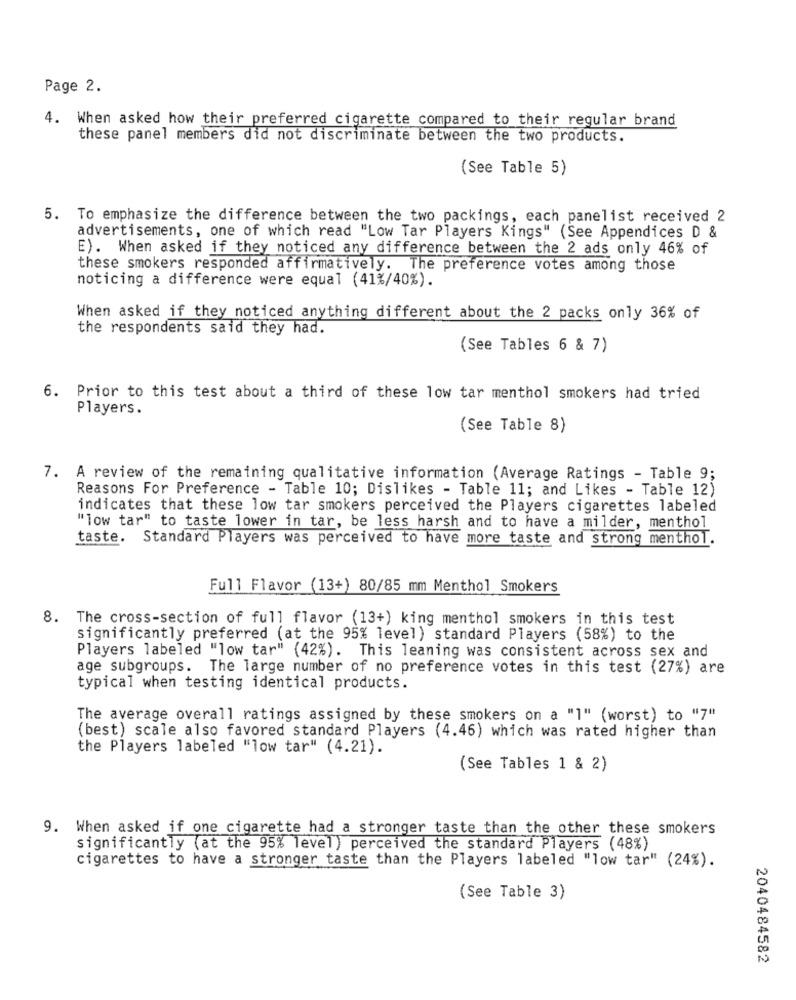
Page 2.
4. When asked how their preferred cigarette compared to their regular brand
these panel members did not discriminate between the two products.
(See Table 5)
5. To emphasize the difference between the two packings, each panelist received 2
advertisements, one of which read "Low Tar Players Kings" (See Appendices D &
E). When asked if they noticed any difference between the 2 ads only 46% of
these smokers responded affirmatively. The preference votes among those
noticing a difference were equal (41%/40%).
When asked if they noticed anything different about the 2 packs only 36% of
the respondents said they had.
(See Tables 6 & 7)
6. Prior to this test about a third of these low tar menthol smokers had tried
Players.
(See Table 8)
7. A review of the remaining qualitative information (Average Ratings - Table 9;
Reasons For Preference - Table 10; Dislikes - Table 11; and Likes - Table 12)
indicates that these low tar smokers perceived the Players cigarettes labeled
"low tar" to taste lower in tar, be less harsh and to have a milder, menthol
taste. Standard Players was perceived to have more taste and strong menthol.
Full Flavor (13+) 80/85 mm Menthol Smokers
8. The cross-section of full flavor (13+) king menthol smokers in this test
significantly preferred (at the 95% level) standard Players (58%) to the
Players labeled "low tar" (42%). This leaning was consistent across sex and
age subgroups. The large number of no preference votes in this test (27%) are
typical when testing identical products.
The average overall ratings assigned by these smokers on a "1" (worst) to "7"
(best) scale also favored standard Players (4.46) which was rated higher than
the Players labeled "low tar" (4.21).
(See Tables 1 & 2)
9. When asked if one cigarette had a stronger taste than the other these smokers
significantly (at the 95% level) perceived the standard Players (48%)
cigarettes to have a stronger taste than the Players labeled "low tar" (24%).
(See Table 3)
2040484582